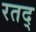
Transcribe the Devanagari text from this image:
रतद्